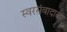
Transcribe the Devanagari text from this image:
स्वरसंवादाला